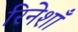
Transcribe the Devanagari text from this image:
रिनेशाँ